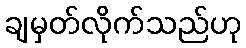
ချမှတ်လိုက်သည်ဟု